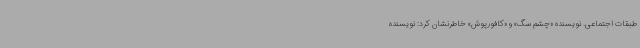
طبقات اجتماعی. نویسنده «چشم سگ» و «کافورپوش» خاطرنشان کرد: نویسنده‌